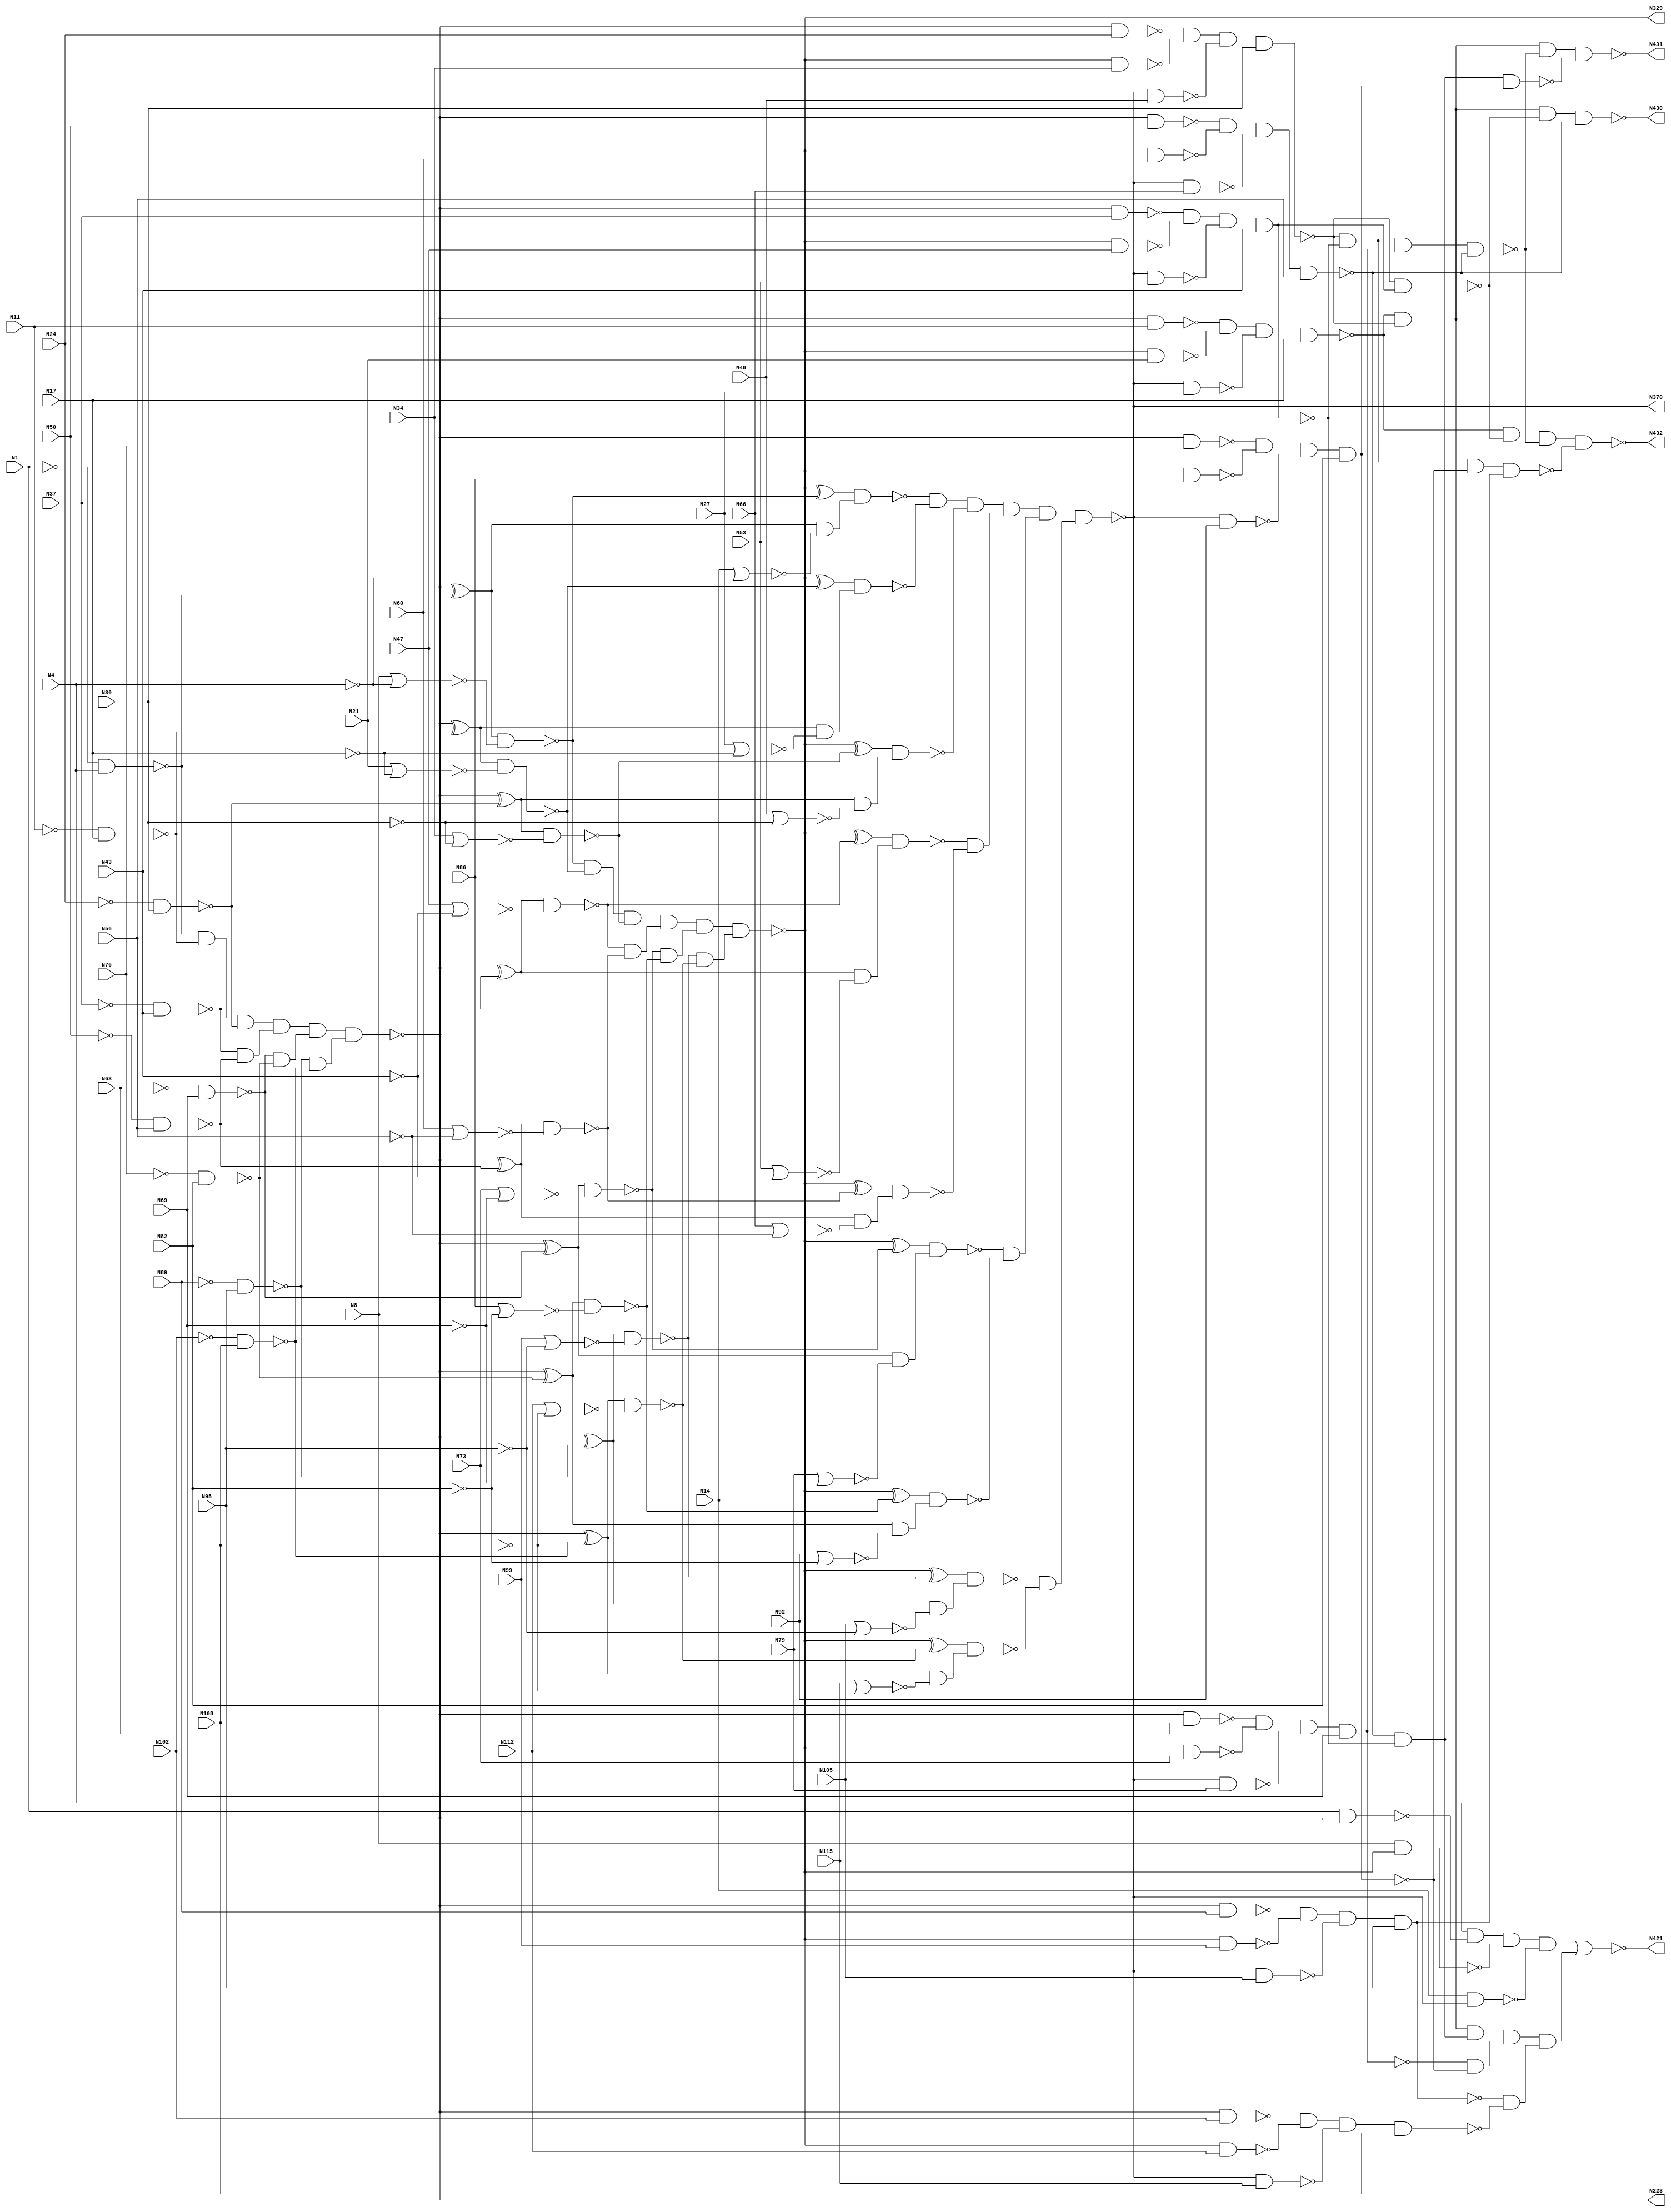

// Generated by Cadence Genus(TM) Synthesis Solution 16.22-s033_1
// Generated on: Jan 17 2020 11:36:49 EST (Jan 17 2020 16:36:49 UTC)

// Verification Directory fv/c432

module c432(N1, N4, N8, N11, N14, N17, N21, N24, N27, N30, N34, N37,
     N40, N43, N47, N50, N53, N56, N60, N63, N66, N69, N73, N76, N79,
     N82, N86, N89, N92, N95, N99, N102, N105, N108, N112, N115, N223,
     N329, N370, N421, N430, N431, N432);
  input N1, N4, N8, N11, N14, N17, N21, N24, N27, N30, N34, N37, N40,
       N43, N47, N50, N53, N56, N60, N63, N66, N69, N73, N76, N79, N82,
       N86, N89, N92, N95, N99, N102, N105, N108, N112, N115;
  output N223, N329, N370, N421, N430, N431, N432;
  wire N1, N4, N8, N11, N14, N17, N21, N24, N27, N30, N34, N37, N40,
       N43, N47, N50, N53, N56, N60, N63, N66, N69, N73, N76, N79, N82,
       N86, N89, N92, N95, N99, N102, N105, N108, N112, N115;
  wire N223, N329, N370, N421, N430, N431, N432;
  wire N118, N119, N122, N123, N126, N127, N130, N131;
  wire N134, N135, N138, N139, N142, N143, N146, N147;
  wire N150, N151, N154, N157, N158, N159, N162, N165;
  wire N168, N171, N174, N177, N180, N183, N184, N185;
  wire N186, N187, N188, N189, N190, N191, N192, N193;
  wire N194, N195, N196, N197, N198, N199, N224, N227;
  wire N230, N233, N236, N239, N242, N243, N246, N247;
  wire N250, N251, N254, N255, N256, N257, N258, N259;
  wire N260, N263, N264, N267, N270, N273, N276, N279;
  wire N282, N285, N288, N289, N290, N291, N292, N293;
  wire N294, N295, N296, N300, N301, N302, N303, N304;
  wire N305, N306, N307, N308, N330, N331, N332, N333;
  wire N334, N335, N336, N337, N338, N339, N340, N341;
  wire N342, N343, N344, N345, N346, N347, N348, N349;
  wire N350, N351, N352, N353, N354, N355, N356, N357;
  wire N371, N372, N373, N374, N375, N376, N377, N378;
  wire N379, N380, N381, N386, N393, N399, N404, N407;
  wire N411, N414, N415, N416, N417, N418, N419, N420;
  wire N422, N425, N428, N429, n_44, n_45, n_46, n_47;
  wire n_48, n_49, n_50, n_51, n_52, n_53, n_54, n_55;
  wire n_56, n_57, n_58, n_59;
  nand NAND2_19 (N154, N118, N4);
  nand NAND2_22 (N159, N122, N17);
  nand NAND2_23 (N162, N126, N30);
  nand NAND2_24 (N165, N130, N43);
  nand NAND2_25 (N168, N134, N56);
  nand NAND2_26 (N171, N138, N69);
  nand NAND2_27 (N174, N142, N82);
  nand NAND2_28 (N177, N146, N95);
  nand NAND2_29 (N180, N150, N108);
  nand NAND2_56 (N242, N1, N223);
  nand NAND2_58 (N246, N223, N11);
  nand NAND2_60 (N250, N223, N24);
  nand NAND2_62 (N254, N223, N37);
  nand NAND2_63 (N255, N223, N50);
  nand NAND2_64 (N256, N223, N63);
  nand NAND2_65 (N257, N223, N76);
  nand NAND2_66 (N258, N223, N89);
  nand NAND2_67 (N259, N223, N102);
  nand NAND2_68 (N260, N224, N157);
  nand NAND2_69 (N263, N224, N158);
  nand NAND2_70 (N264, N227, N183);
  nand NAND2_71 (N267, N230, N185);
  nand NAND2_72 (N270, N233, N187);
  nand NAND2_73 (N273, N236, N189);
  nand NAND2_74 (N276, N239, N191);
  nand NAND2_75 (N279, N243, N193);
  nand NAND2_76 (N282, N247, N195);
  nand NAND2_77 (N285, N251, N197);
  nand NAND2_78 (N288, N227, N184);
  nand NAND2_79 (N289, N230, N186);
  nand NAND2_80 (N290, N233, N188);
  nand NAND2_81 (N291, N236, N190);
  nand NAND2_82 (N292, N239, N192);
  nand NAND2_83 (N293, N243, N194);
  nand NAND2_84 (N294, N247, N196);
  nand NAND2_85 (N295, N251, N198);
  nand NAND2_103 (N334, N8, N329);
  nand NAND2_105 (N336, N329, N21);
  nand NAND2_107 (N338, N329, N34);
  nand NAND2_109 (N340, N329, N47);
  nand NAND2_111 (N342, N329, N60);
  nand NAND2_113 (N344, N329, N73);
  nand NAND2_114 (N345, N329, N86);
  nand NAND2_115 (N346, N329, N99);
  nand NAND2_116 (N347, N329, N112);
  nand NAND2_117 (N348, N330, N300);
  nand NAND2_118 (N349, N331, N301);
  nand NAND2_119 (N350, N332, N302);
  nand NAND2_120 (N351, N333, N303);
  nand NAND2_121 (N352, N335, N304);
  nand NAND2_122 (N353, N337, N305);
  nand NAND2_123 (N354, N339, N306);
  nand NAND2_124 (N355, N341, N307);
  nand NAND2_125 (N356, N343, N308);
  nand NAND2_129 (N371, N14, N370);
  nand NAND2_130 (N372, N370, N27);
  nand NAND2_131 (N373, N370, N40);
  nand NAND2_132 (N374, N370, N53);
  nand NAND2_133 (N375, N370, N66);
  nand NAND2_134 (N376, N370, N79);
  nand NAND2_135 (N377, N370, N92);
  nand NAND2_136 (N378, N370, N105);
  nand NAND2_137 (N379, N370, N115);
  nand NAND2_154 (N422, N386, N417);
  nand NAND3_156 (N428, N399, N393, N419);
  nand NAND4_138 (N380, N4, N242, N334, N371);
  nand NAND4_139 (N381, N246, N336, N372, N17);
  nand NAND4_140 (N386, N250, N338, N373, N30);
  nand NAND4_141 (N393, N254, N340, N374, N43);
  nand NAND4_142 (N399, N255, N342, N375, N56);
  nand NAND4_143 (N404, N256, N344, N376, N69);
  nand NAND4_144 (N407, N257, N345, N377, N82);
  nand NAND4_145 (N411, N258, N346, N378, N95);
  nand NAND4_146 (N414, N259, N347, N379, N108);
  nand NAND4_155 (N425, N386, N393, N418, N399);
  nand NAND4_157 (N429, N386, N393, N407, N420);
  nand NAND4_158 (N430, N381, N386, N422, N399);
  nand NAND4_159 (N431, N381, N386, N425, N428);
  nand NAND4_160 (N432, N381, N422, N425, N429);
  nor NOR2_20 (N157, N8, N119);
  nor NOR2_21 (N158, N14, N119);
  nor NOR2_30 (N183, N21, N123);
  nor NOR2_31 (N184, N27, N123);
  nor NOR2_32 (N185, N34, N127);
  nor NOR2_33 (N186, N40, N127);
  nor NOR2_34 (N187, N47, N131);
  nor NOR2_35 (N188, N53, N131);
  nor NOR2_36 (N189, N60, N135);
  nor NOR2_37 (N190, N66, N135);
  nor NOR2_38 (N191, N73, N139);
  nor NOR2_39 (N192, N79, N139);
  nor NOR2_40 (N193, N86, N143);
  nor NOR2_41 (N194, N92, N143);
  nor NOR2_42 (N195, N99, N147);
  nor NOR2_43 (N196, N105, N147);
  nor NOR2_44 (N197, N112, N151);
  nor NOR2_45 (N198, N115, N151);
  nor NOR2_153 (N421, N415, N416);
  not NOT1_1 (N118, N1);
  not NOT1_2 (N119, N4);
  not NOT1_3 (N122, N11);
  not NOT1_4 (N123, N17);
  not NOT1_5 (N126, N24);
  not NOT1_6 (N127, N30);
  not NOT1_7 (N130, N37);
  not NOT1_8 (N131, N43);
  not NOT1_9 (N134, N50);
  not NOT1_10 (N135, N56);
  not NOT1_11 (N138, N63);
  not NOT1_12 (N139, N69);
  not NOT1_13 (N142, N76);
  not NOT1_14 (N143, N82);
  not NOT1_15 (N146, N89);
  not NOT1_16 (N147, N95);
  not NOT1_17 (N150, N102);
  not NOT1_18 (N151, N108);
  not NOT1_47 (N223, N199);
  not NOT1_87 (N300, N263);
  not NOT1_88 (N301, N288);
  not NOT1_89 (N302, N289);
  not NOT1_90 (N303, N290);
  not NOT1_91 (N304, N291);
  not NOT1_92 (N305, N292);
  not NOT1_93 (N306, N293);
  not NOT1_94 (N307, N294);
  not NOT1_95 (N308, N295);
  not NOT1_96 (N329, N296);
  not NOT1_127 (N370, N357);
  not NOT1_147 (N415, N380);
  not NOT1_149 (N417, N393);
  not NOT1_150 (N418, N404);
  not NOT1_151 (N419, N407);
  not NOT1_152 (N420, N411);
  xor XOR2_50 (N224, N223, N154);
  xor XOR2_51 (N227, N223, N159);
  xor XOR2_52 (N230, N223, N162);
  xor XOR2_53 (N233, N223, N165);
  xor XOR2_54 (N236, N223, N168);
  xor XOR2_55 (N239, N223, N171);
  xor XOR2_57 (N243, N223, N174);
  xor XOR2_59 (N247, N223, N177);
  xor XOR2_61 (N251, N223, N180);
  xor XOR2_99 (N330, N329, N260);
  xor XOR2_100 (N331, N329, N264);
  xor XOR2_101 (N332, N329, N267);
  xor XOR2_102 (N333, N329, N270);
  xor XOR2_104 (N335, N329, N273);
  xor XOR2_106 (N337, N329, N276);
  xor XOR2_108 (N339, N329, N279);
  xor XOR2_110 (N341, N329, N282);
  xor XOR2_112 (N343, N329, N285);
  and g1 (n_44, N154, N159, N162);
  and g2 (n_45, N165, N168);
  and g3 (n_46, N171, N174);
  and g4 (n_47, N177, N180);
  and g5 (N199, n_44, n_45, n_46, n_47);
  and g6 (n_48, N260, N264, N267);
  and g7 (n_49, N270, N273);
  and g8 (n_50, N276, N279);
  and g9 (n_51, N282, N285);
  and g10 (N296, n_48, n_49, n_50, n_51);
  and g11 (n_52, N348, N349, N350);
  and g12 (n_53, N351, N352);
  and g13 (n_54, N353, N354);
  and g14 (n_55, N355, N356);
  and g15 (N357, n_52, n_53, n_54, n_55);
  and g16 (n_56, N381, N386);
  and g17 (n_57, N393, N399);
  and g18 (n_58, N404, N407);
  and g19 (n_59, N411, N414);
  and g20 (N416, n_56, n_57, n_58, n_59);
endmodule